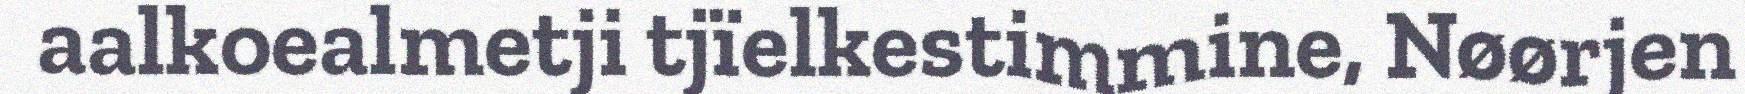
aalkoealmetji tjïelkestimmine, Nøørjen